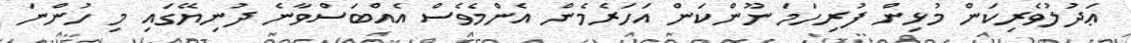
ޢަދުލުވެރިކަން މުޅިން ފުރިހަމަ ނޫންކަން އަހަރެމެން އެންމެވެސް އެއްބަސްވާނެ ދުނިޔޭގައި މި ހުންނަ